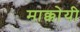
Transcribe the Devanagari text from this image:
माक्कोयी